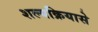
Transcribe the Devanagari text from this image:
शल्यक्रियासे